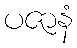
ပဇာနံ